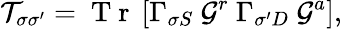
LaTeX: \mathcal{T}_{\sigma\sigma^{\prime}}=\mathrm{~T~r~}\left[\Gamma_{\sigma S}~\mathcal{G}^{r}~\Gamma_{\sigma^{\prime}D}~\mathcal{G}^{a}\right],